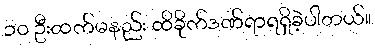
၁၀ ဦးထက်မနည်း ထိခိုက်ဒဏ်ရာရရှိခဲ့ပါတယ်။